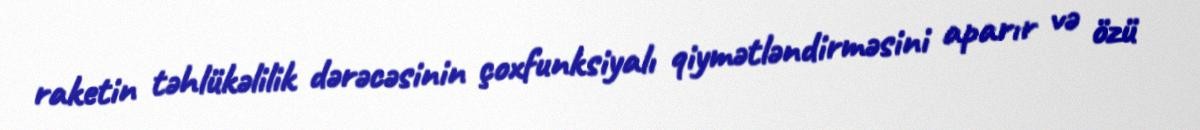
raketin təhlükəlilik dərəcəsinin çoxfunksiyalı qiymətləndirməsini aparır və özü